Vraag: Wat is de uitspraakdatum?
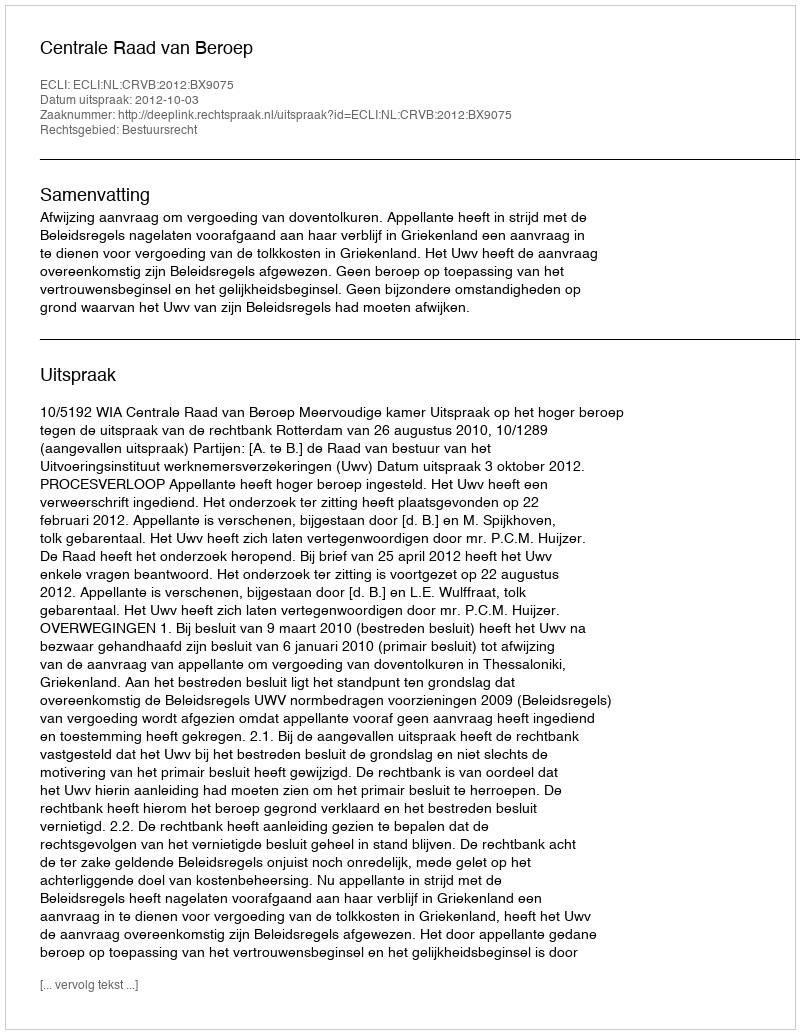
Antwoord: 2012-10-03